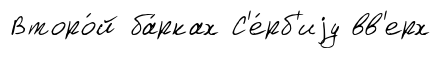
Второ́й ба́рках С'е́рб'иjу вв'ерх